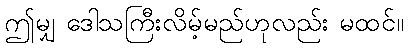
ဤမျှ ဒေါသကြီးလိမ့်မည်ဟုလည်း မထင်။